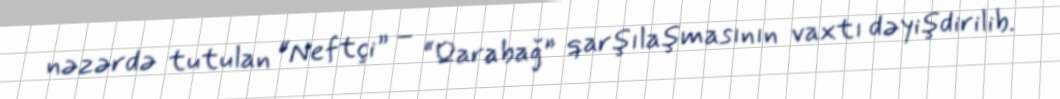
nəzərdə tutulan “Neftçi” – “Qarabağ” qarşılaşmasının vaxtı dəyişdirilib.